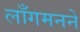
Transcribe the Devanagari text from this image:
लाँगमनने